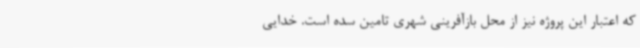
که اعتبار این پروژه نیز از محل بازآفرینی شهری تامین سده است. خدایی